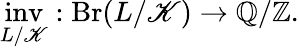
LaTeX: {\underset{L/\mathscr{K}}{\operatorname{inv}}}:\operatorname{Br}(L/\mathscr{K})\rightarrow\mathbb{{Q}}/\mathbb{{Z}}.